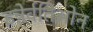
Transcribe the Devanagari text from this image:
इन्नेर्वतिओन